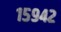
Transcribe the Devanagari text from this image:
१५९४२